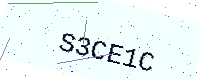
Text: S3CE1C